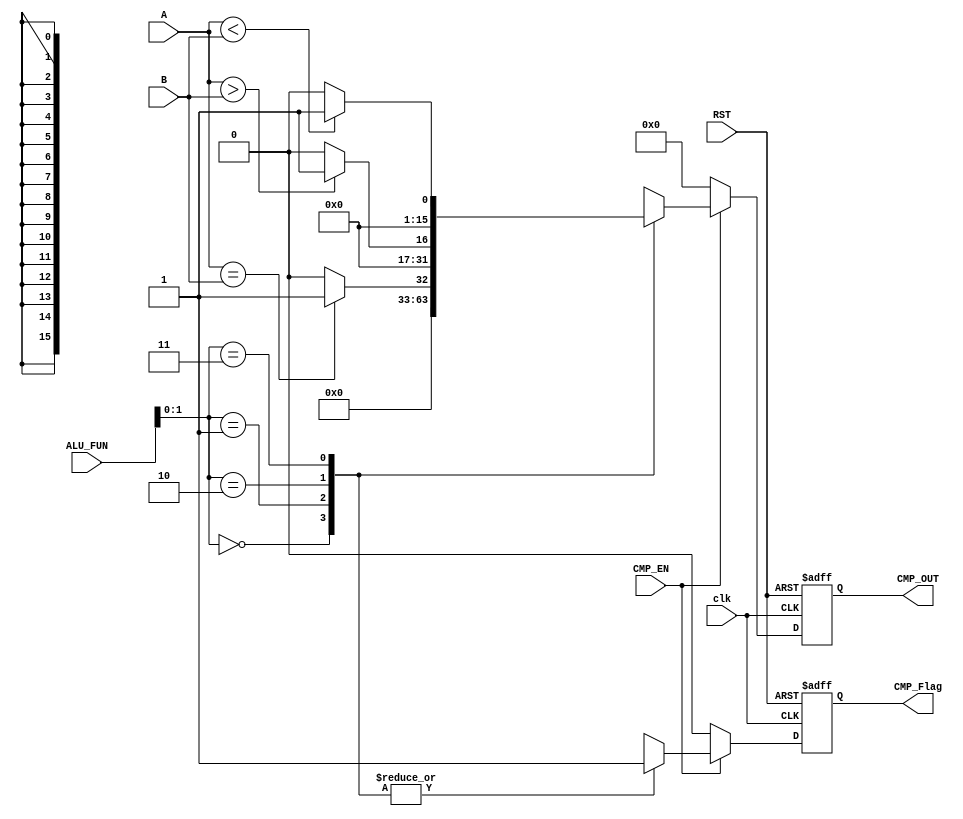
module CMP_Unit(

input    wire     [15:0]     A,B,
input    wire                clk,CMP_EN,
input    wire     [3:0]      ALU_FUN,
input    wire                RST,
output   reg     [15:0]      CMP_OUT,
output   reg                 CMP_Flag

);

reg [15:0] CMP_OUT_C;
reg        CMP_Flag_C;

always @(*)

begin

if(CMP_EN)

begin

case (ALU_FUN[1:0])

2'b00:

begin
CMP_OUT_C=16'b0;
CMP_Flag_C=1'b1;
end

2'b01:

begin
CMP_OUT_C=(A==B)?16'b1:16'b0;
CMP_Flag_C=1'b1;
end

2'b10:

begin
CMP_OUT_C=(A>B)?16'b1:16'b0;
CMP_Flag_C=1'b1;
end

2'b11:

begin
CMP_OUT_C=(A<B)?16'b1:16'b0;
CMP_Flag_C=1'b1;
end

endcase

end

else
begin
CMP_OUT_C=16'b0;
CMP_Flag_C=1'b0;
end

end


always @(posedge clk or negedge RST)
begin

if(!RST)
begin
CMP_OUT<=16'b0;
CMP_Flag<=1'b0;
end
else
begin
CMP_OUT<=CMP_OUT_C;
CMP_Flag<=CMP_Flag_C;
end
end
endmodule